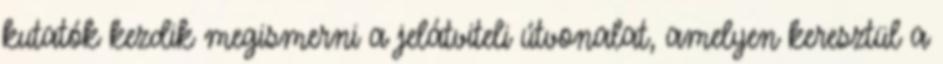
kutatók kezdik megismerni a jelátviteli útvonalat, amelyen keresztül a